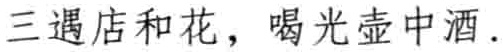
三遇店和花，喝光壶中酒.